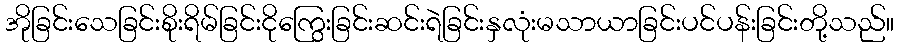
အိုခြင်းသေခြင်းစိုးရိမ်ခြင်းငိုကြွေးခြင်းဆင်းရဲခြင်းနှလုံးမသာယာခြင်းပင်ပန်းခြင်းတို့သည်။